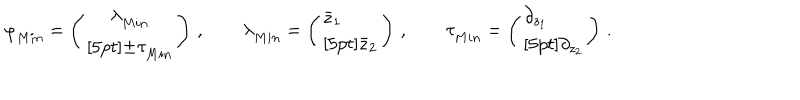
\varphi _ { M i n } ^ { \vphantom { 5 p t } } = \left( \begin{array} { c } { { \displaystyle { \lambda _ { M i n } ^ { \vphantom { 5 p t } } } } } \\ { { \displaystyle { \pm \tau _ { M i n } ^ { \vphantom { 5 p t } } } } } \\ \end{array} \right) \, , \qquad \lambda _ { M i n } ^ { \vphantom { 5 p t } } = \left( \begin{array} { l } { { \displaystyle { \bar { z } _ { 1 } } } } \\ { { \displaystyle { \bar { z } _ { 2 } } } } \\ \end{array} \right) \, , \qquad \tau _ { M i n } ^ { \vphantom { 5 p t } } = \left( \begin{array} { l } { { \displaystyle { \partial _ { z _ { 1 } } } } } \\ { { \displaystyle { \partial _ { z _ { 2 } } } } } \\ \end{array} \right) \, .